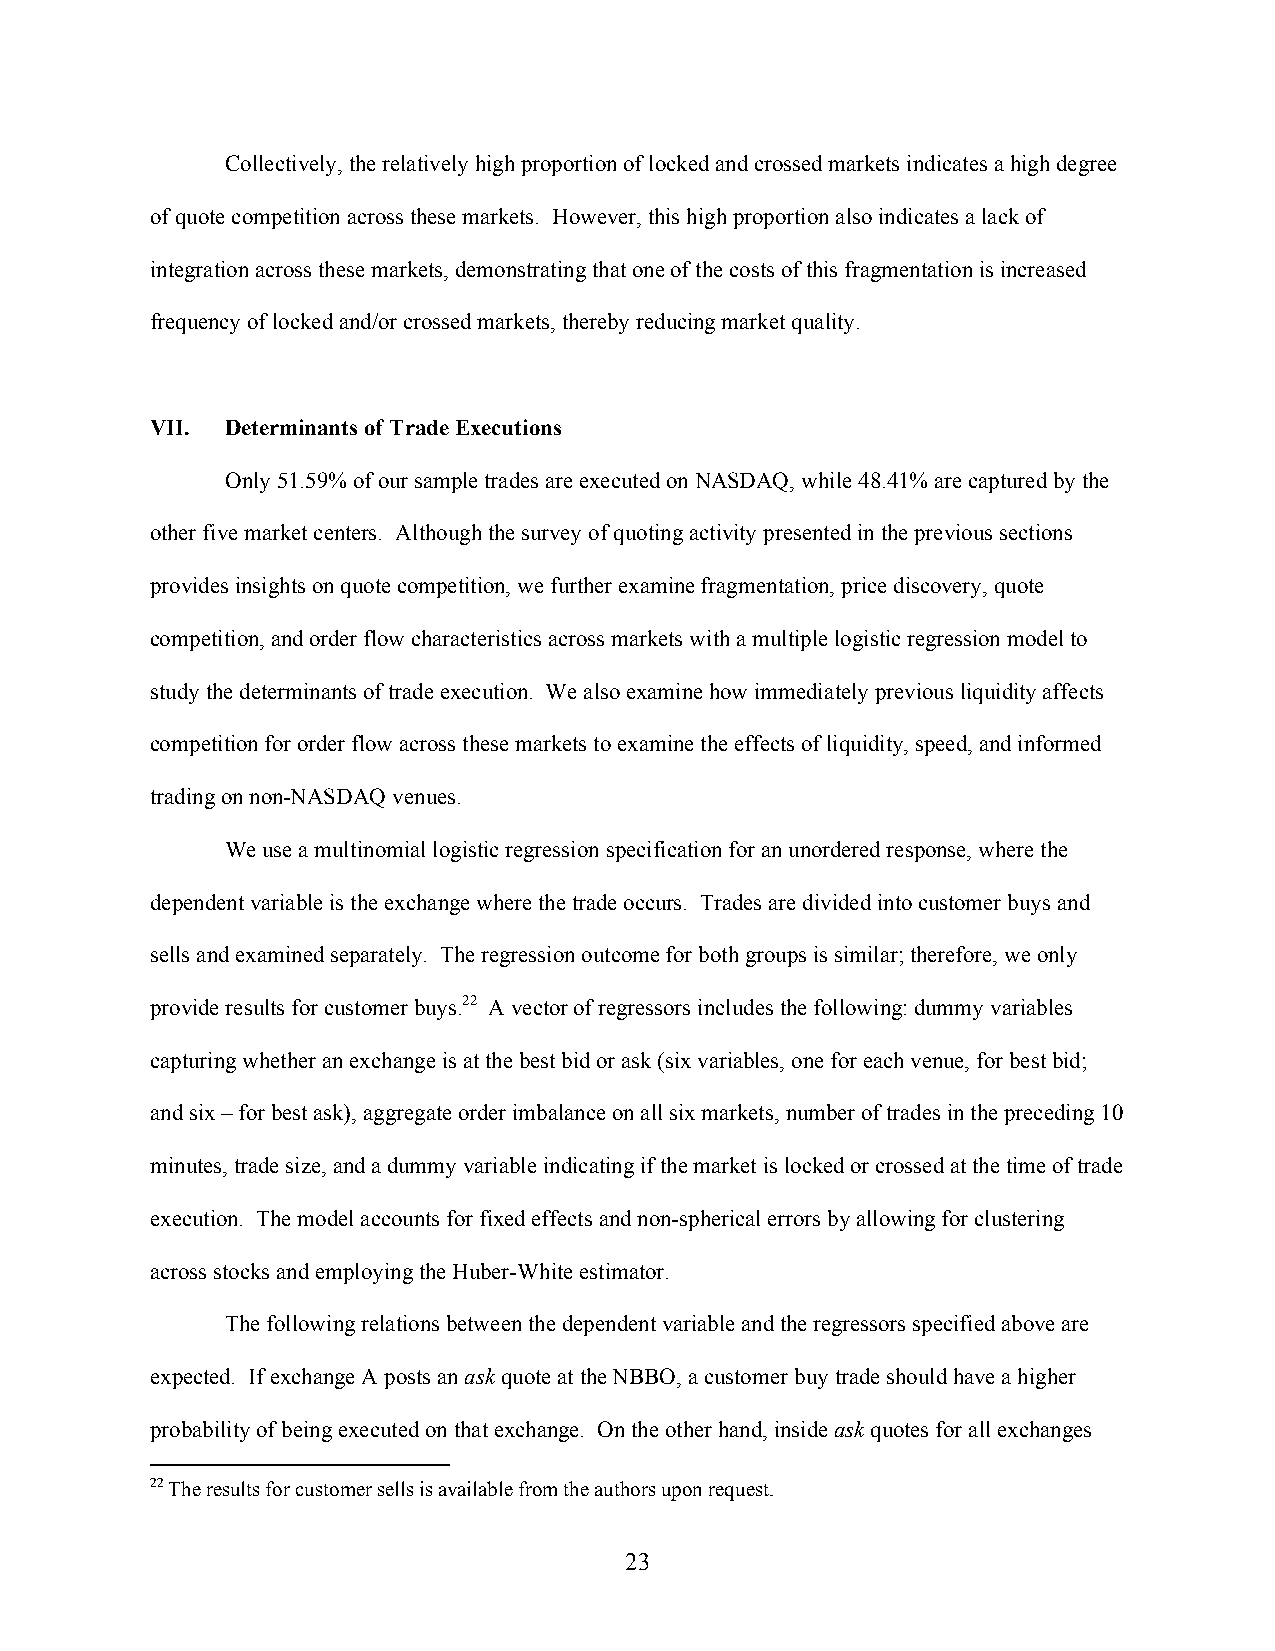
Collectively, the relatively high proportion of locked and crossed markets indicates a high degree
 of quote competition across these markets. However, this high proportion also indicates a lack of
 integration across these markets, demonstrating that one of the costs of this fragmentation is increased
 frequency of locked and/or crossed markets, thereby reducing market quality.
 VII. Determinants of Trade Executions
 Only 51.59% of our sample trades are executed on NASDAQ, while 48.41% are captured by the
 other five market centers. Although the survey of quoting activity presented in the previous sections
 provides insights on quote competition, we further examine fragmentation, price discovery, quote
 competition, and order flow characteristics across markets with a multiple logistic regression model to
 study the determinants of trade execution. We also examine how immediately previous liquidity affects
 competition for order flow across these markets to examine the effects of liquidity, speed, and informed
 trading on non-NASDAQ venues.
 We use a multinomial logistic regression specification for an unordered response, where the
 dependent variable is the exchange where the trade occurs. Trades are divided into customer buys and
 sells and examined separately. The regression outcome for both groups is similar; therefore, we only
 provide results for customer buys.22 A vector of regressors includes the following: dummy variables
 capturing whether an exchange is at the best bid or ask (six variables, one for each venue, for best bid;
 and six – for best ask), aggregate order imbalance on all six markets, number of trades in the preceding 10
 minutes, trade size, and a dummy variable indicating if the market is locked or crossed at the time of trade
 execution. The model accounts for fixed effects and non-spherical errors by allowing for clustering
 across stocks and employing the Huber-White estimator.
 The following relations between the dependent variable and the regressors specified above are
 expected. If exchange A posts an ask quote at the NBBO, a customer buy trade should have a higher
 probability of being executed on that exchange. On the other hand, inside ask quotes for all exchanges
 22 The results for customer sells is available from the authors upon request.
 23